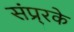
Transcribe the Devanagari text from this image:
संप्र्रके